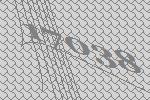
17038